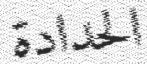
الحدادة